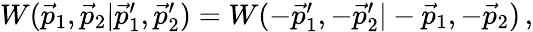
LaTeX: \begin{array}{r}{W(\vec{p}_{1},\vec{p}_{2}|\vec{p}_{1}^{\prime},\vec{p}_{2}^{\prime})=W(-\vec{p}_{1}^{\prime},-\vec{p}_{2}^{\prime}|-\vec{p}_{1},-\vec{p}_{2})\, ,}\end{array}